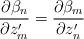
\begin{align*}\frac{\partial\beta_n }{\partial z'_m} = \frac{\partial\beta_m }{\partial z'_n}\end{align*}